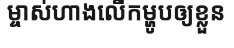
ម្ចាស់ហាងលើកម្ហូបឲ្យខ្លួន